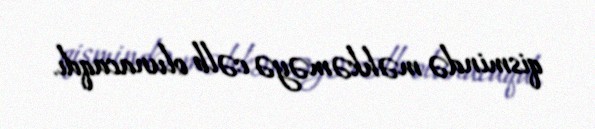
qismində məhkəməyə cəlb olunacaqdı.